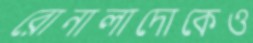
রোনালাদোকেও